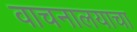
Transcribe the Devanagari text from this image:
वाचनालयाचा